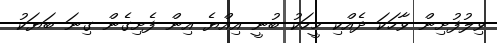
ވިލުފުށިން ވާހަކަ ދެއްކި މީހަކު ބުނީ އިއްޔެ އިން ފެށިގެން ގިނަ ބަޔަކު